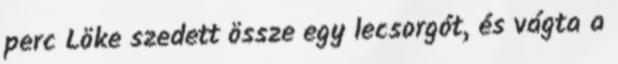
perc Löke szedett össze egy lecsorgót, és vágta a